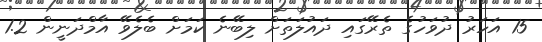
15 އަހަރު ދުވަހުގެ ތެރޭގައި ދައުލަތަށް ލިބޭނެ ކަމަށް ބެލެވޭ އާމްދަނީން 1.2